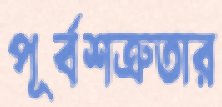
পূর্বশত্রুতার